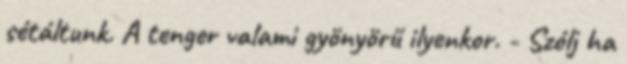
sétáltunk. A tenger valami gyönyörű ilyenkor. - Szólj ha